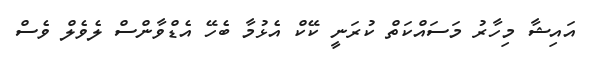
އައިޝާ މިހާރު މަސައްކަތް ކުރަނީ ކޭކް އެޅުމާ ބެހޭ އެޑްވާންސް ލެވެލް ވެސް